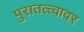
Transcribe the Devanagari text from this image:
पुरातत्त्वावर